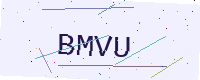
Text: BMVU